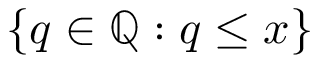
\{ q \in \mathbb { Q } : q \leq x \}